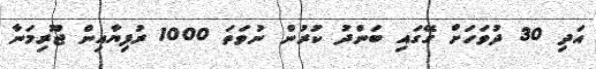
އަދި 30 ދުވަހަށް ގޭގައި ބަންދު ކުރުން ނުވަތަ 1000 ރުފިޔާއިން ޖޫރިމަނާ